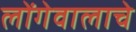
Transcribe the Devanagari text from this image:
लोंगेवालाचे